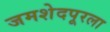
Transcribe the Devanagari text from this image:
जमशेदपूरला